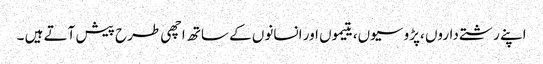
اپنے رشتے داروں ،پڑوسیوں، یتیموں اور انسانوں کے ساتھ اچھی طرح پیش آتے ہیں ۔